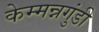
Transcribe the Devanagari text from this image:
केम्मन्नगुंडी